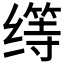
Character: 𱺬